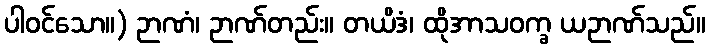
ပါဝင်သော။) ဉာဏံ၊ ဉာဏ်တည်း။ တယိဒံ၊ ထိုအာသဝက္ခ ယဉာဏ်သည်။